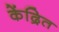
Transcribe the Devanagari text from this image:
केंद्रित